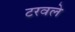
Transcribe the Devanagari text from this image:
टरवले